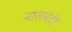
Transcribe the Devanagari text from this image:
नालबंदी